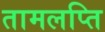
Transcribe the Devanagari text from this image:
तामलप्ति